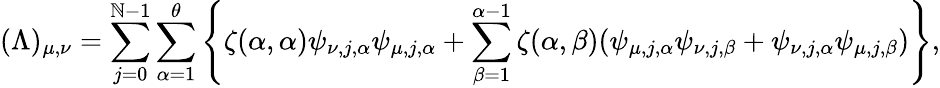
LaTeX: (\Lambda)_{\mu,\nu}=\sum_{j=0}^{\mathbb{N}-1}\sum_{\alpha=1}^{\theta}\left\{ \zeta(\alpha,\alpha)\psi_{\nu,j,\alpha}\psi_{\mu,j,\alpha}+\sum_{\beta=1}^{\alpha-1}\zeta(\alpha,\beta)(\psi_{\mu,j,\alpha}\psi_{\nu,j,\beta}+\psi_{\nu,j,\alpha}\psi_{\mu,j,\beta})\right\} ,